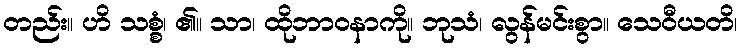
တည်း။ ဟိ သစ္စံ၊ ၏။ သာ၊ ထိုဘာဝနာကို။ ဘုသံ၊ လွန်မင်းစွာ။ သေဝီယတိ၊